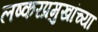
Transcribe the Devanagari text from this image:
लष्करप्रमुखांच्या